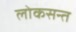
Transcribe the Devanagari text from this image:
लोकसन्त